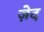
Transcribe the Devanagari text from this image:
ज़ेद